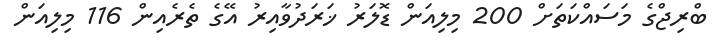
ބްރިޖްގެ މަސައްކަތަށް 200 މިލިއަން ޑޮލަރު ޚަރަދުވާއިރު އޭގެ ތެރެއިން 116 މިލިއަން